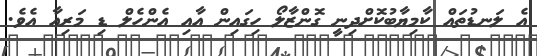
އެ ލަނޑުތައް ކާމިޔާބުކޮށްދިނީ ގޮންޒާލޯ ހިގައިން އާއި އެންހެލް ޑި މަރިއާ އެވެ.